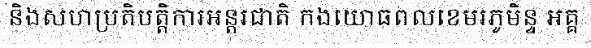
និងសហប្រតិបត្តិការអន្តរជាតិ កងយោធពលខេមរភូមិន្ទ អគ្គ